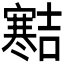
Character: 𪧱